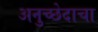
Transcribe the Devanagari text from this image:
अनुच्छेदाचा